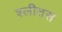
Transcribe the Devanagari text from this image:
श्लीतस